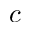
c